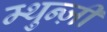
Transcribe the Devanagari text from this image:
म्थुन्ज़ी